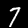
Label: 7